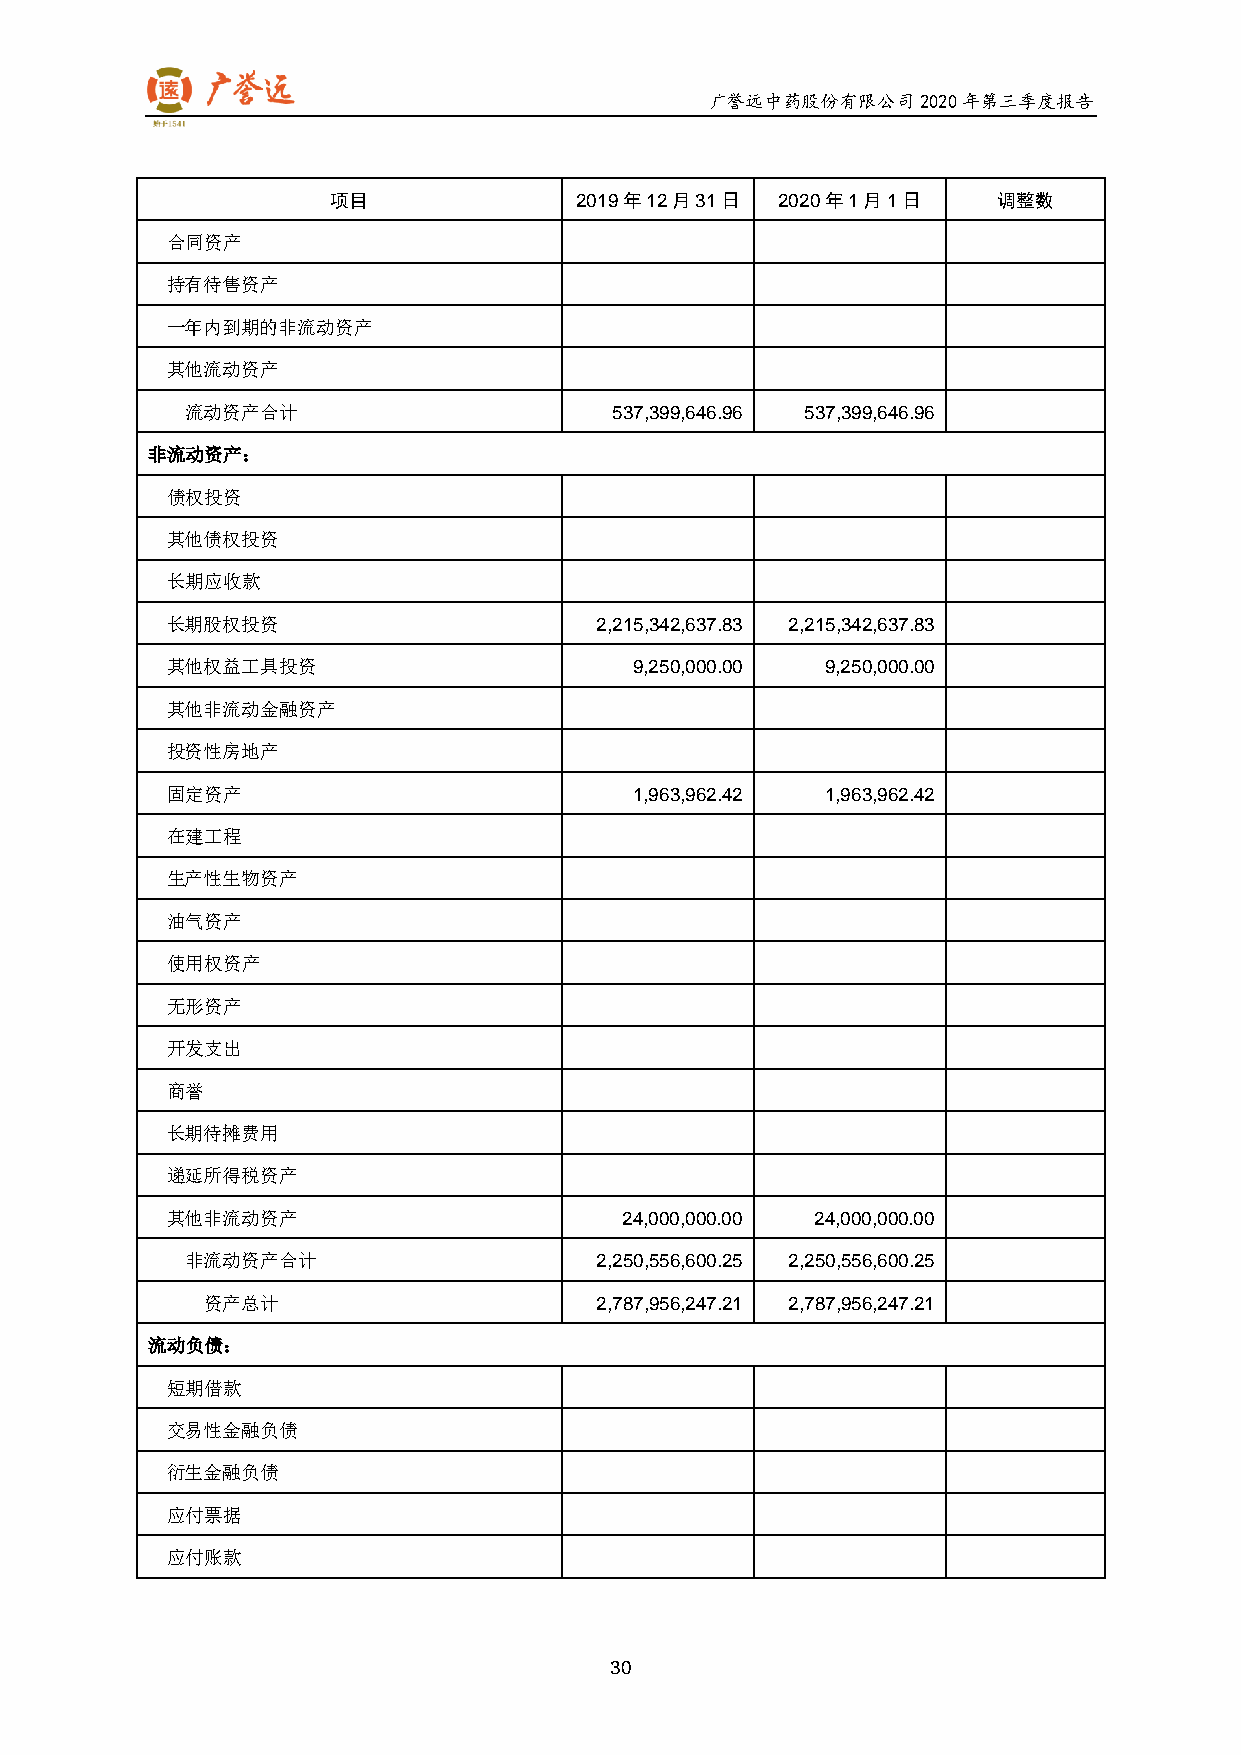
广誉远中药股份有限公司2020年第三季度报告
 项目              2019年12月31日   2020年1月1日     调整数
 合同资产
 持有待售资产
 一年内到期的非流动资产
 其他流动资产
 流动资产合计                       537,399,646.96 537,399,646.96
 非流动资产：
 债权投资
 其他债权投资
 长期应收款
 长期股权投资                      2,215,342,637.83 2,215,342,637.83
 其他权益工具投资                       9,250,000.00 9,250,000.00
 其他非流动金融资产
 投资性房地产
 固定资产                           1,963,962.42 1,963,962.42
 在建工程
 生产性生物资产
 油气资产
 使用权资产
 无形资产
 开发支出
 商誉
 长期待摊费用
 递延所得税资产
 其他非流动资产                       24,000,000.00 24,000,000.00
 非流动资产合计                    2,250,556,600.25 2,250,556,600.25
 资产总计                     2,787,956,247.21 2,787,956,247.21
 流动负债：
 短期借款
 交易性金融负债
 衍生金融负债
 应付票据
 应付账款
 30